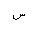
Letter: _sin